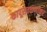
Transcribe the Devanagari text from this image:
कापूसतळणीकर